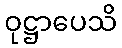
ဝုဋ္ဌာပေသိ